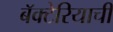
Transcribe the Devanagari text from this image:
बॅक्टेरियाची